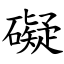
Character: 礙